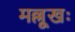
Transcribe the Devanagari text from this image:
मल्लूखः